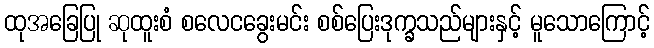
ထုအခြေပြု ဆုထူးစံ စလေငခွေးမင်း စစ်ပြေးဒုက္ခသည်များနှင့် မူသောကြောင့်